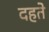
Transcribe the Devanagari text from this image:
दहते